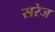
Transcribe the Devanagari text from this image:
सरेज